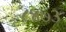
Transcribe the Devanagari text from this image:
८४७३